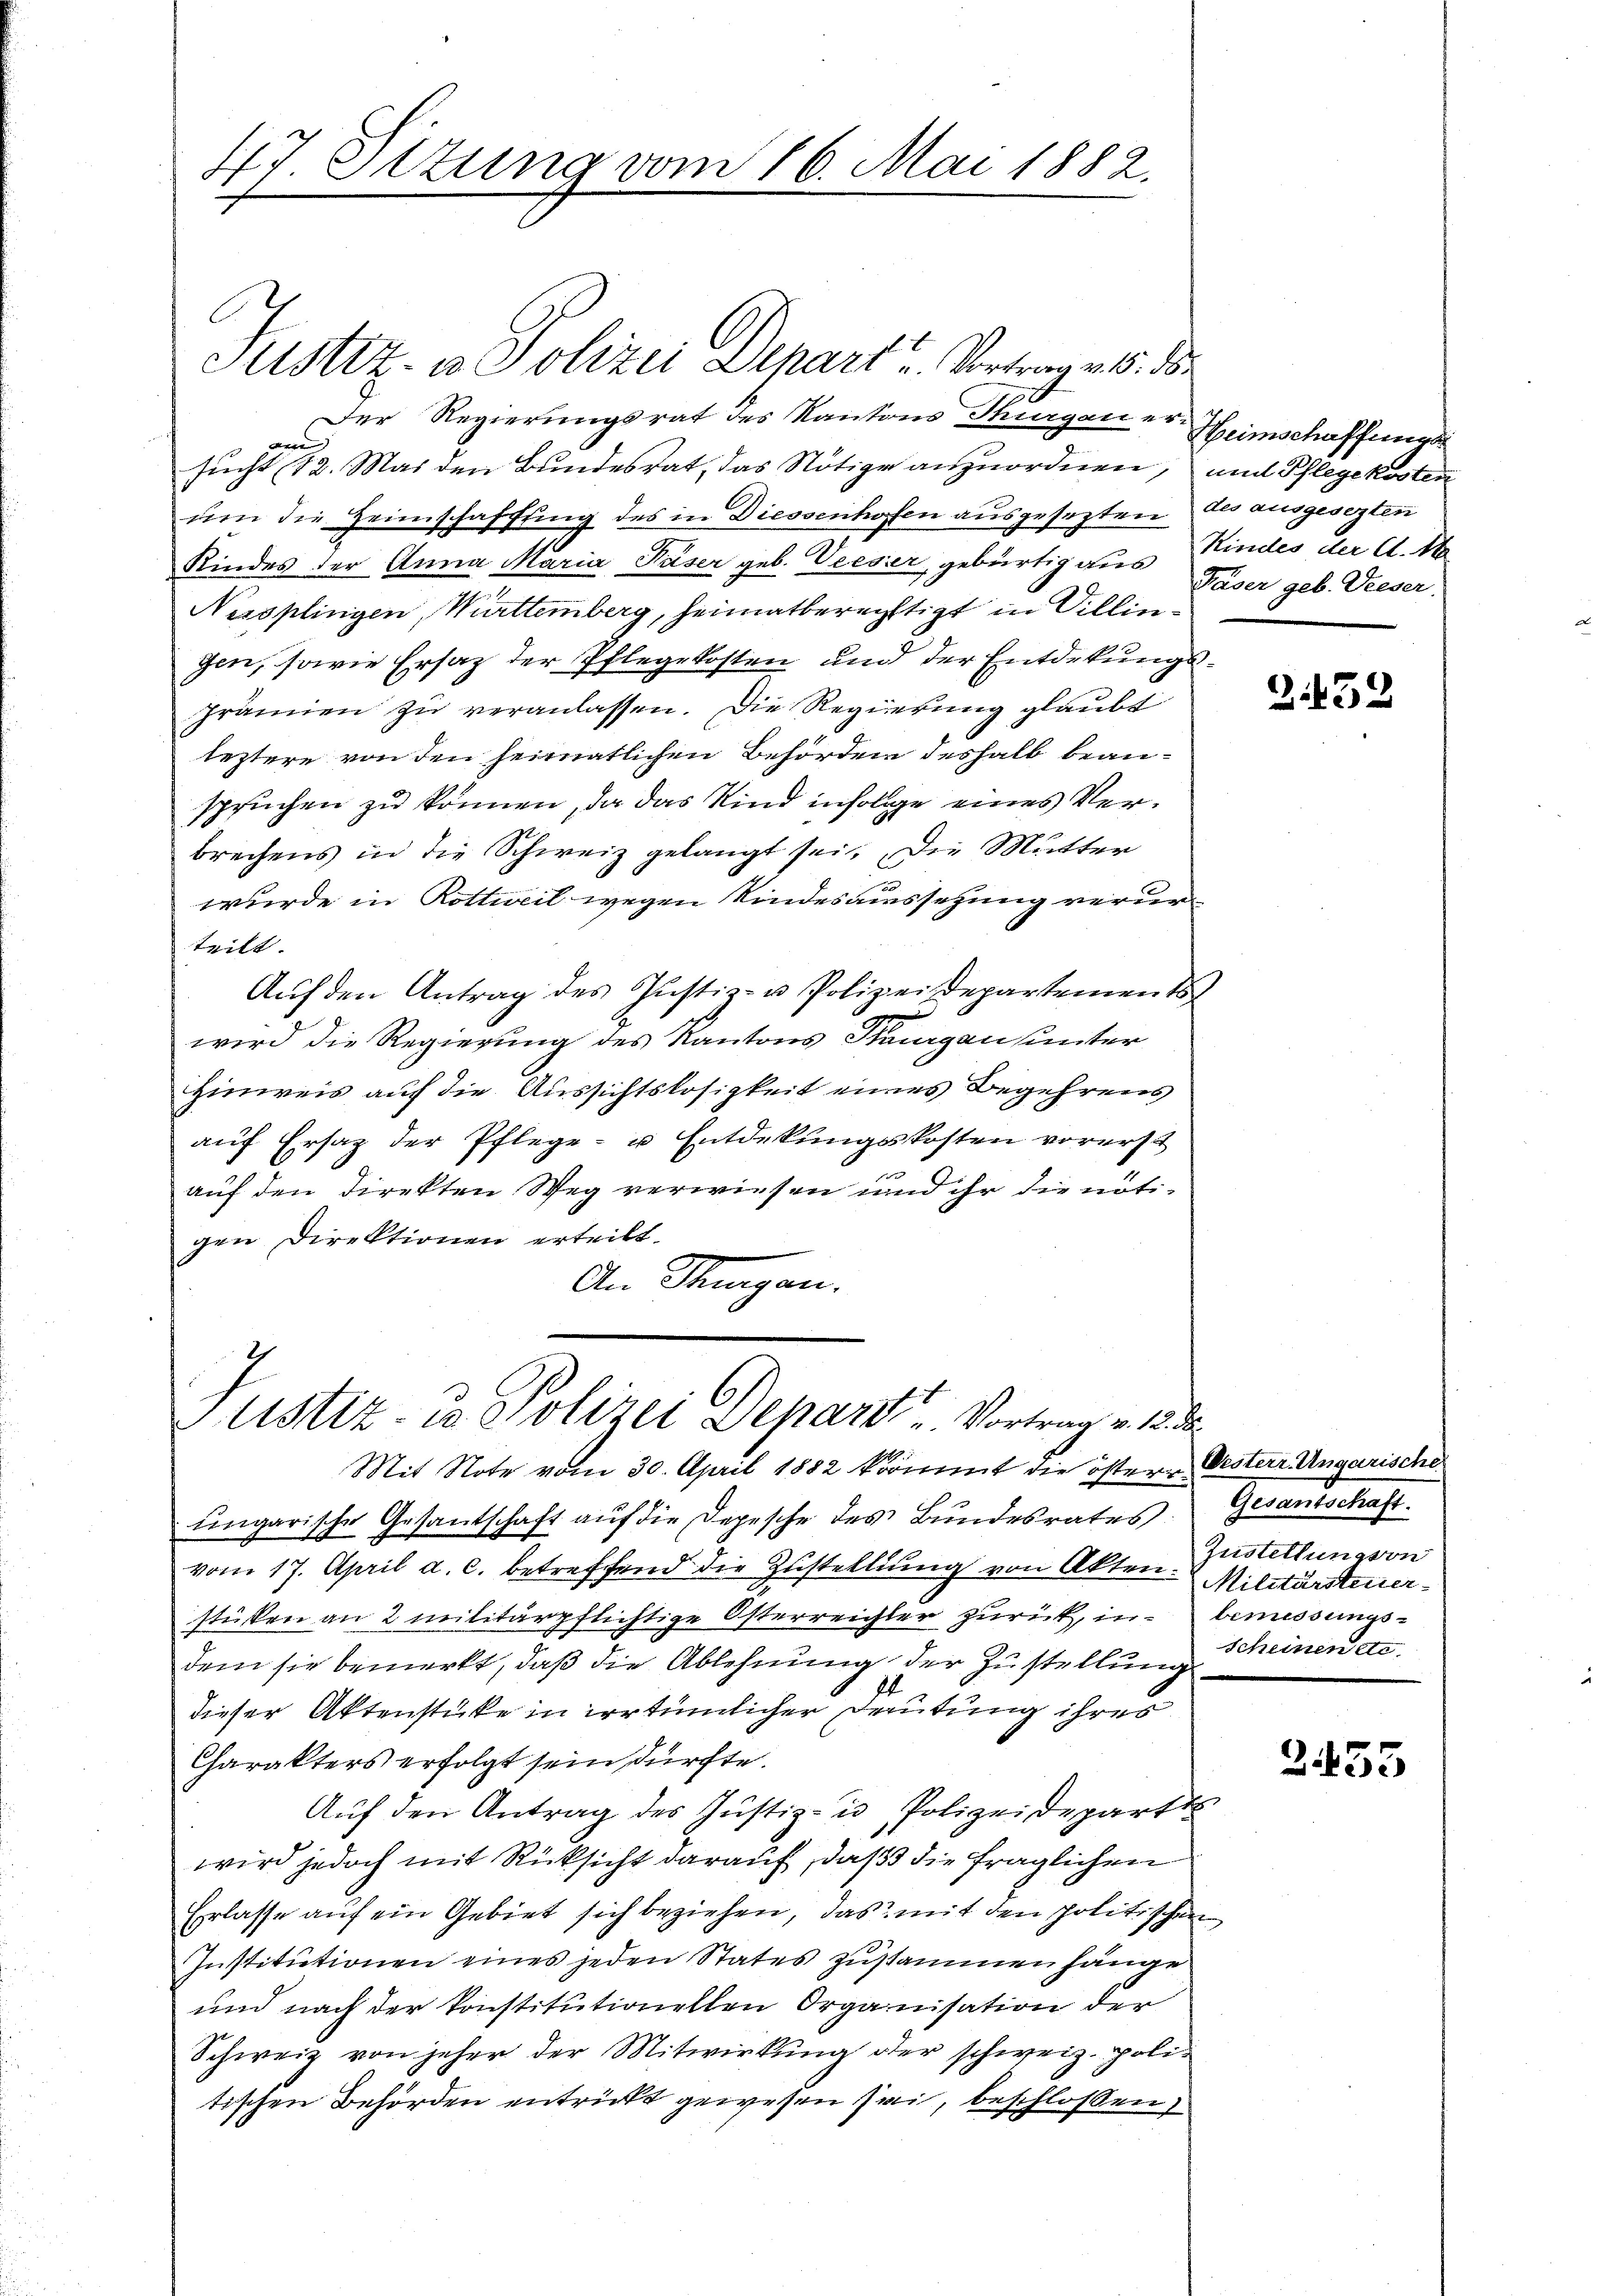
17 Stzung vom 16. Mai 1882.

Justiz- & Polizei Depart? Vertrages die
Der Regierungsrat des Kantons Thurgauer Heimschaffungsn
sucht 12. Mai den Bundesrat, das Nötige anzuordnen, und Pflegekosten
um die Heimschaffung des in Diessenhofen ausgesezten des ausgesezten
Kindes der Anna Maria Päser geb. Veeser, gebürtig aus Kindes der A. A
Nersplingen, Württemberg, heimatberechtigt in Villingen, sowie Ersatz der Pflegekosten und der Entdekungsprämien zu veranlassen. Die Regierung glaubt
leztere von den heimatlichen Behörden deshalb beanspruchen zu können, da das Kind infolge eines Verbrechens in die Schweiz gelangt sei. Die Mutter
wurde in Rottweil wegen Kindesaussetzung verurteilt.
Aŭf den Antrag des Justiz- u. Polizeidepartementst
g
wird die Regierung des Kantons Stiegensunter
Hinweis auf die Aussichtslosigkeit eines Begehrens
auf Ersatz der Pflege- u Entdekungskosten vorerst
auf den Direkten Weg verwiesen und ihr die nötigen Direktionen erteilt.
An Mangen.

Justiz- u Polizei Depart u. Vortrag v. 18. d.
Mit Note vom 30. April 1882 kömmt die östern Oesterr Ungarische

ungarische Gesantschaft auf die Depesche des Bundesrates
vom 17. April a. c. betreffend die Zustellung von Akten. Militärsteuersticken an 2 militärpflichtige Osterreichter zurück, in bemessungs-
dem sie bemerkt, daß die Ablehnung der Zustellung
dieser Aktenstücke in irrtümlicher Deutung ihres
Charakters erfolgt sein dürfte.
Auf den Antrag des Justiz- u Polizeidepart
wird jedoch mit Rücksicht darauf, daß die fraglichen
Erlasse auf ein Gebiet sich beziehen, das mit den politischen
Institutionen eines jeden States zusammenhänge
und nach der konstitutionellen Organisation der
Schweiz von jeher der Mitwirkung der schweiz. politischen Behörden entrickt gewesen sei, beschlossen,

Päser geb. Dieser.

3452

Gesantschaft.
Zustellung von
Scheinen de

2.433